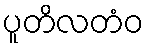
ပူတိလတံဝ